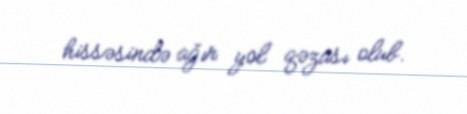
hissəsində ağır yol qəzası olub.